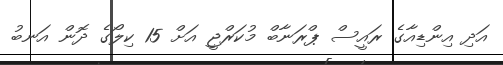
އަދި އިންޑިއާގެ ރައީސް ޕްރަނާބް މުކަރްޖީ އަށް 15 ކިލޯގެ ދޮން އަނބު